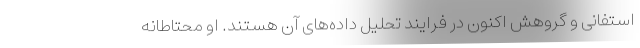
استفانی و گروهش اکنون در فرایند تحلیل داده‌های آن هستند. او محتاطانه